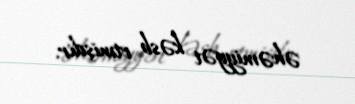
əhəmiyyət kəsb etmişdir.